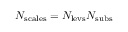
N _ { \mathrm { s c a l e s } } = N _ { \mathrm { l e v s } } N _ { \mathrm { s u b s } }